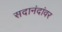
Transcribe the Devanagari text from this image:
सदानंदांवर